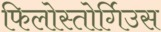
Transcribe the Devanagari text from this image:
फिलोस्तोर्गिउस